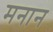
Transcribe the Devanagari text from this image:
मनान